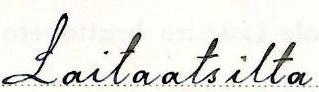
Laitaatsilta